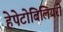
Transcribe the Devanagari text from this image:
हेपेटोबिलियरी